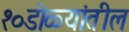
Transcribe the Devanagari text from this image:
१०डोळ्यांतील